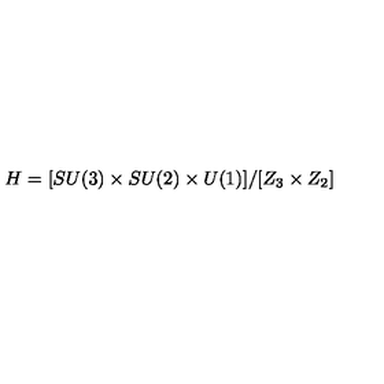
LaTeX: H = [ S U ( 3 ) \times S U ( 2 ) \times U ( 1 ) ] / [ Z _ { 3 } \times Z _ { 2 } ]